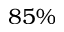
8 5 \%